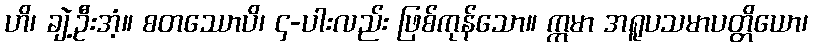
ဟိ၊ ချဲ့ဦးအံ့။ စတဿောပိ၊ ၄-ပါးလည်း ဖြစ်ကုန်သော။ ဣမာ အရူပသမာပတ္တိယော၊